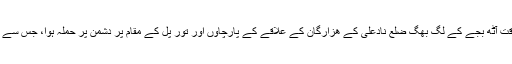
جبکہ پیر کے رات عشاء کے وقت آٹھ بجے کے لگ بھگ ضلع نادعلی کے ھزارگان کے علاقے کے پارچاوں اور تور پل کے مقام پر دشمن پر حملہ ہوا، جس سے پانچ اہلکار موقع پر ہلاک ہوئے۔